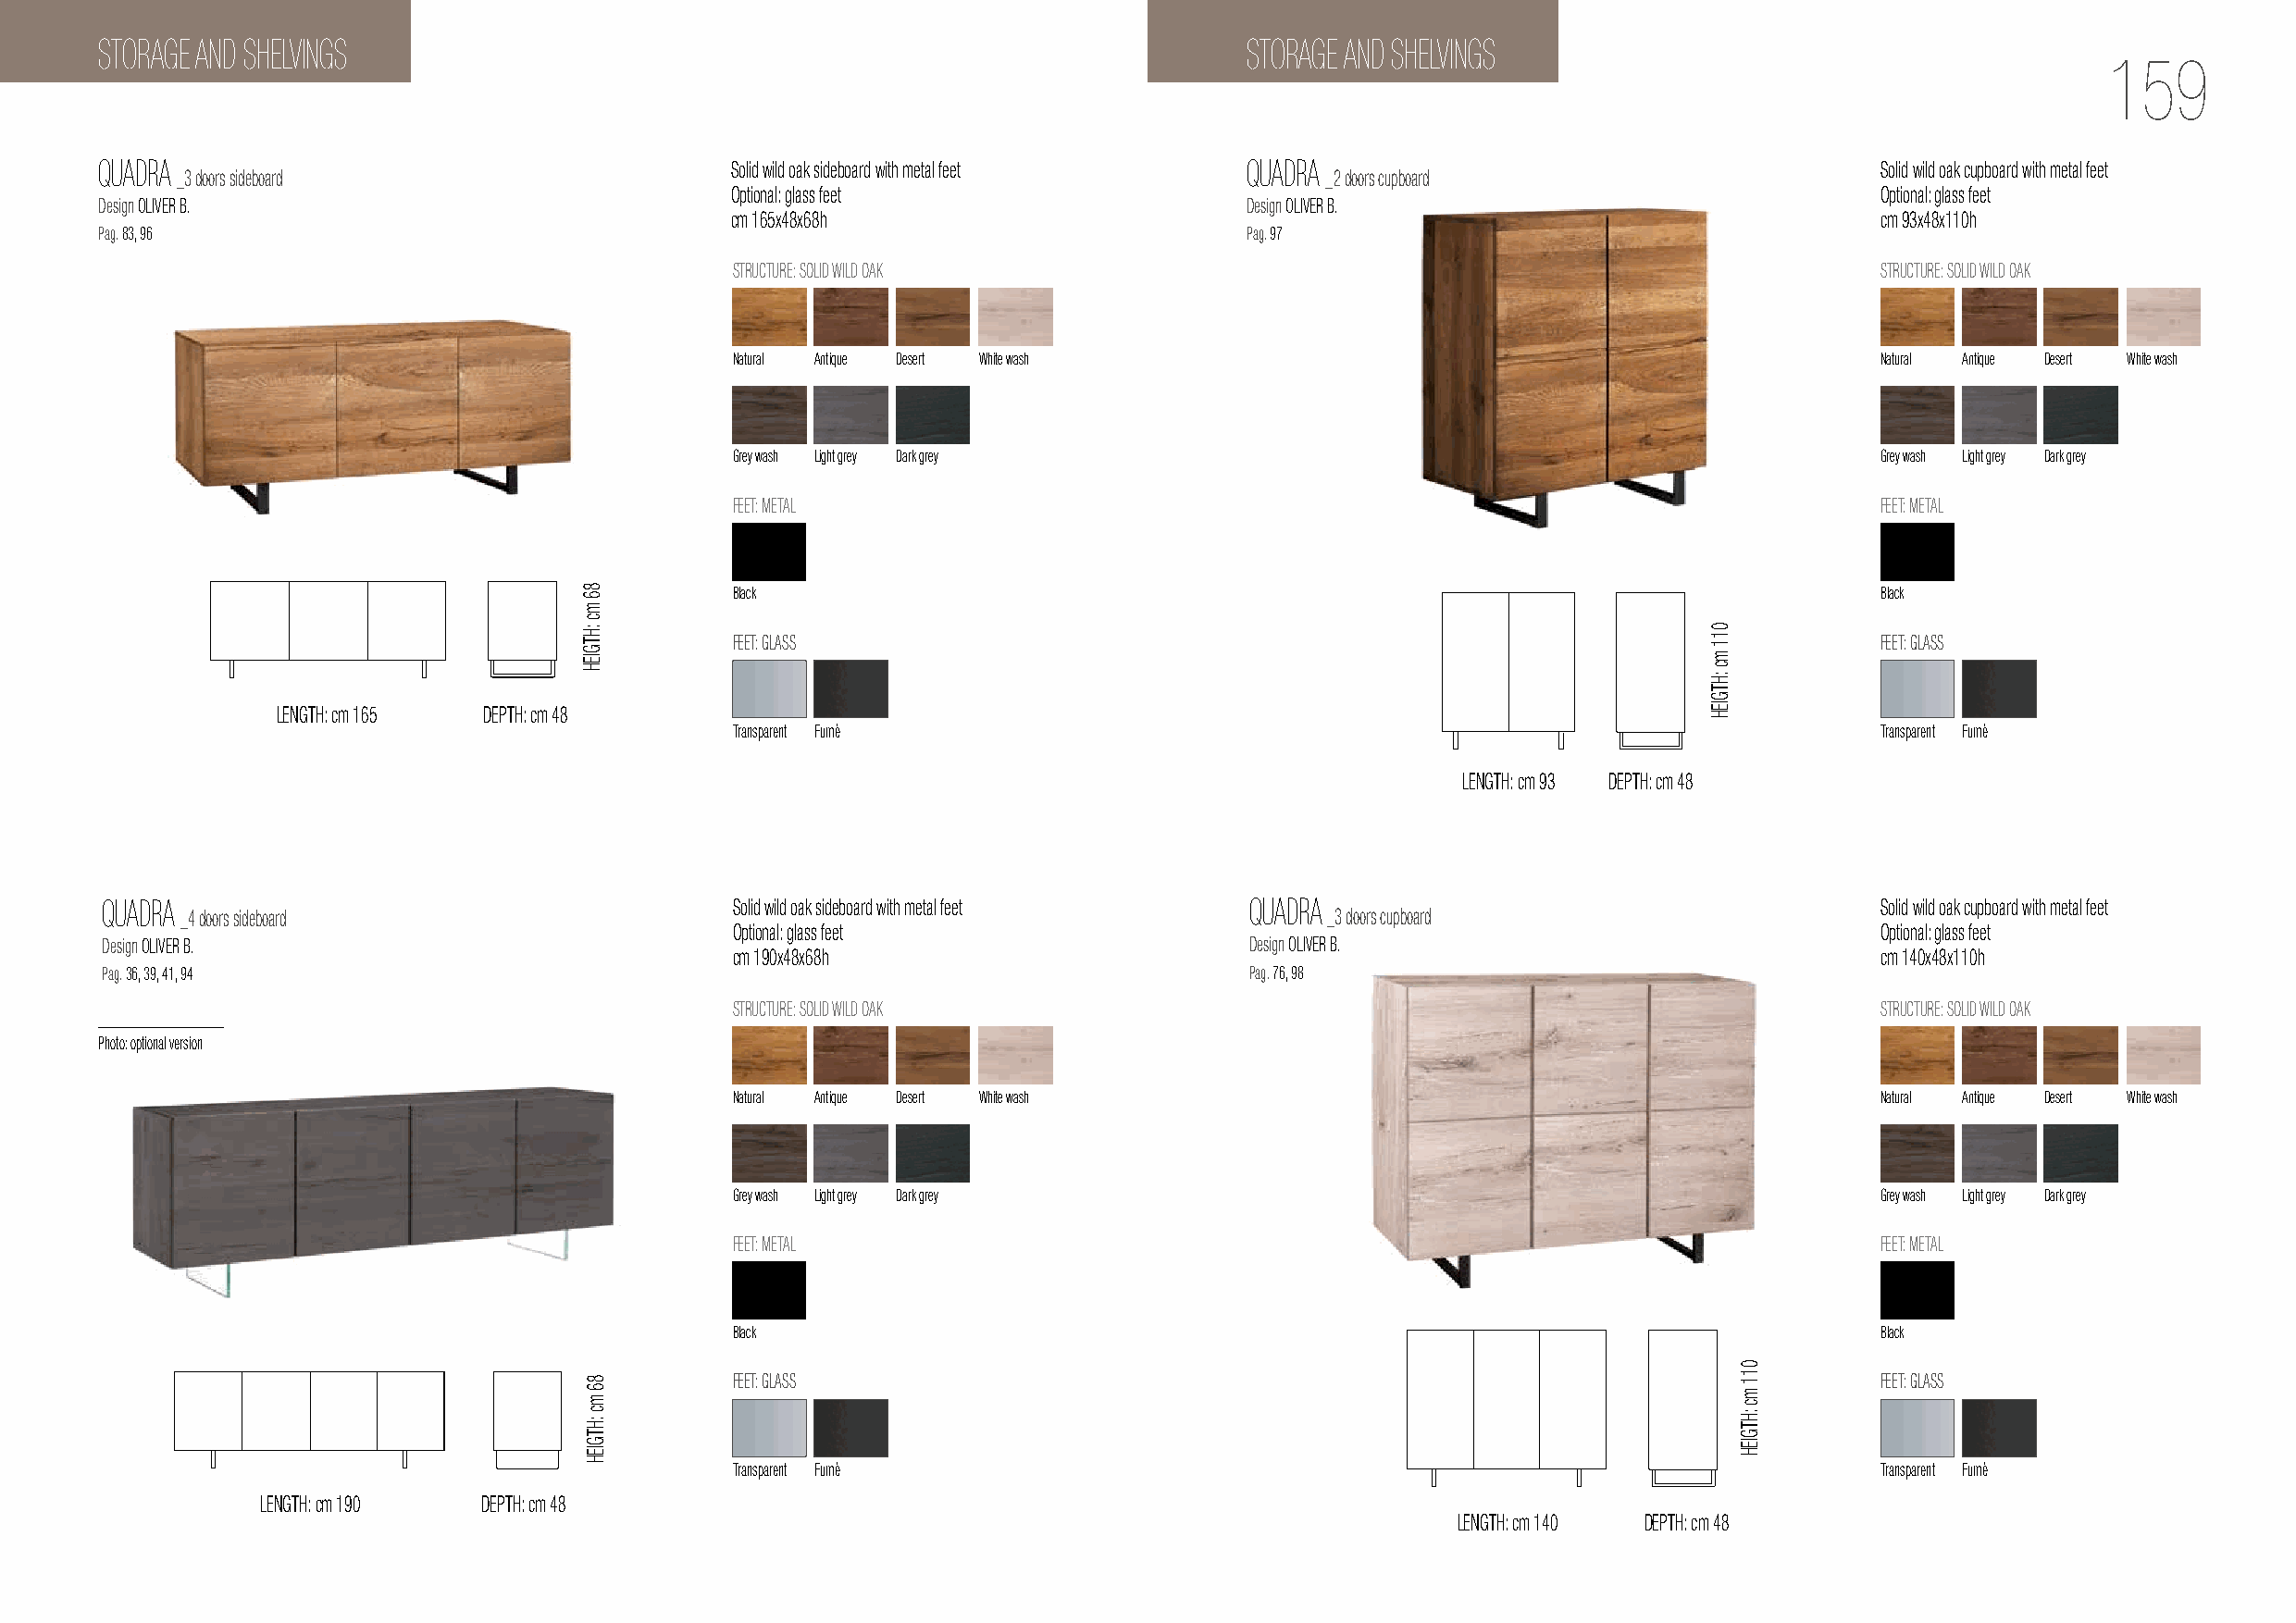
STORAGE AND SHELVINGS                                                             STORAGE AND SHELVINGS
 159
 QUADRA                                       Solid wild oak sideboard with metal feet QUADRA                                   Solid wild oak cupboard with metal feet
 _3 doors sideboard                                                                _2 doors cupboard
 Optional: glass feet                                                              Optional: glass feet
 Design OLIVER B.                                                                  Design OLIVER B.
 cm 165x48x68h                                                                     cm 93x48x110h
 Pag. 83, 96                                                                       Pag. 97
 STRUCTURE: SOLID WILD OAK                                                          STRUCTURE: SOLID WILD OAK
 Natural Antique Desert White wash                                                 Natural Antique Desert White wash
 Grey wash Light grey Dark grey                                                    Grey wash Light grey Dark grey
 FEET: METAL                                                                       FEET: METAL
 Black                                                                             Black
 FEET: GLASS                                                                       FEET: GLASS
 LENGTH: cm 165 DEPTH: cm 48
 Transparent Fumè                                                                  Transparent Fumè
 LENGTH: cm 93 DEPTH: cm 48
 QUADRA                                       Solid wild oak sideboard with metal feet QUADRA                                   Solid wild oak cupboard with metal feet
 _4 doors sideboard                                                                _3 doors cupboard
 Optional: glass feet                                                              Optional: glass feet
 Design OLIVER B.                                                                  Design OLIVER B.
 cm 190x48x68h                                                                     cm 140x48x110h
 Pag. 36, 39, 41, 94                                                               Pag. 76, 98
 STRUCTURE: SOLID WILD OAK                                                          STRUCTURE: SOLID WILD OAK
 Photo: optional version
 Natural Antique Desert White wash                                                 Natural Antique Desert White wash
 Grey wash Light grey Dark grey                                                    Grey wash Light grey Dark grey
 FEET: METAL                                                                       FEET: METAL
 Black                                                                             Black
 FEET: GLASS                                                                       FEET: GLASS
 Transparent Fumè                                                                  Transparent Fumè
 LENGTH: cm 190 DEPTH: cm 48
 LENGTH: cm 140 DEPTH: cm 48
 86
 mc
 :HTGIEH
 86
 mc
 :HTGIEH
 011
 mc
 :HTGIEH
 011
 mc
 :HTGIEH